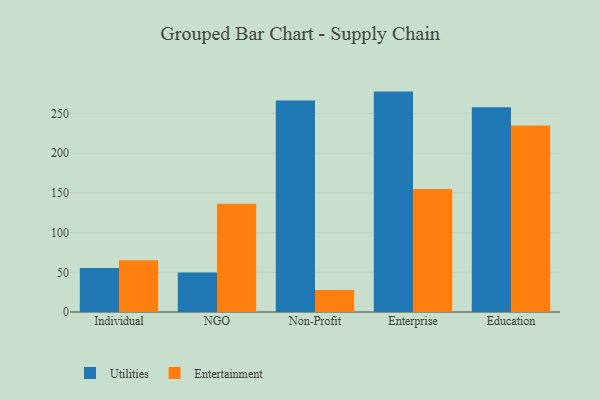
{"axis": {"x": "Segment", "y": "Tickets Resolved"}, "legend": ["Entertainment", "Utilities"], "data": [{"x": "Individual", "y": 55.4, "type": "Utilities"}, {"x": "Individual", "y": 65.3, "type": "Entertainment"}, {"x": "NGO", "y": 49.7, "type": "Utilities"}, {"x": "NGO", "y": 136.5, "type": "Entertainment"}, {"x": "Non-Profit", "y": 266.4, "type": "Utilities"}, {"x": "Non-Profit", "y": 27.8, "type": "Entertainment"}, {"x": "Enterprise", "y": 277.6, "type": "Utilities"}, {"x": "Enterprise", "y": 154.9, "type": "Entertainment"}, {"x": "Education", "y": 257.9, "type": "Utilities"}, {"x": "Education", "y": 235.0, "type": "Entertainment"}]}